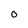
Character: O